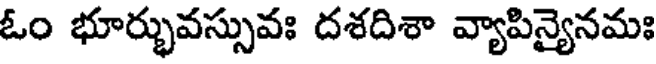
ఓం భూర్భువస్సువః దశదిశా వ్యాపిన్యైనమః